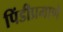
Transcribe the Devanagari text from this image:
पिंडीप्रमाणे